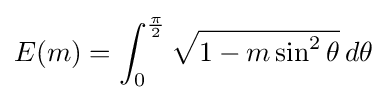
E(m)=\int _{0}^{\frac {\pi }{2}}{\sqrt {1-m\sin ^{2}\theta }}\,d\theta